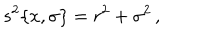
s ^ { 2 } \{ x , \sigma \} = r ^ { 2 } + \sigma ^ { 2 } \, ,